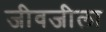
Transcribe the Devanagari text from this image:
जीवजीला